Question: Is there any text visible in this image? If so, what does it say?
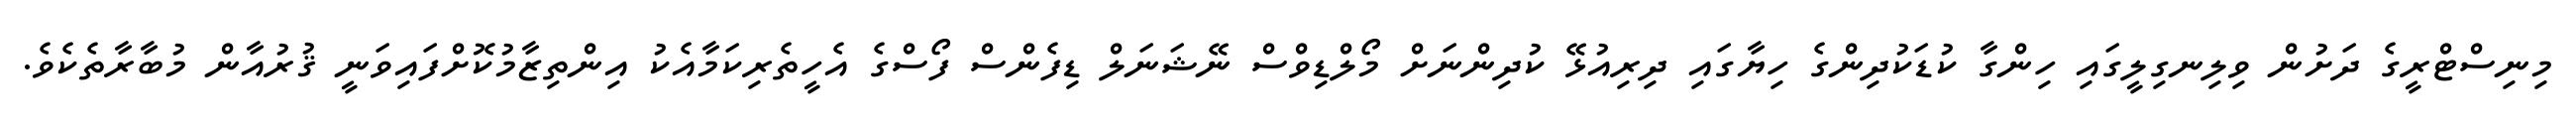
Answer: މިނިސްޓްރީގެ ދަށުން ވިލިނގިލީގައި ހިންގާ ކުޑަކުދިންގެ ހިޔާގައި ދިރިއުޅޭ ކުދިންނަށް މޯލްޑިވްސް ނޭޝަނަލް ޑިފެންސް ފޯސްގެ އެހީތެރިކަމާއެކު އިންތިޒާމުކޮށްފައިވަނީ ޤުރުއާން މުބާރާތެކެވެ.